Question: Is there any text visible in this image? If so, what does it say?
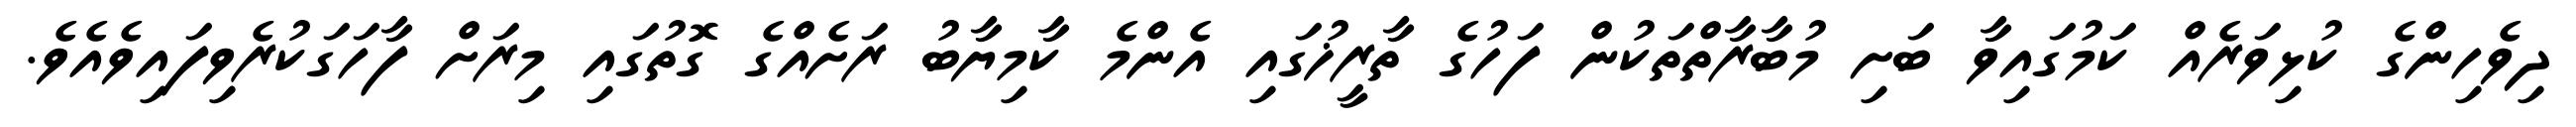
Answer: ދިވެހިންގެ ކުޅިވަރެއް ކަމުގައިވާ ބަށި މުބާރާތްތަކުން ފަހުގެ ތާރީޚުގައި އެންމެ ކާމިޔާބު ރަށެއްގެ ގޮތުގައި މިރަށް ފާހަގަކުރެވިފައިވެއެވެ.